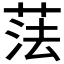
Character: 𦲾